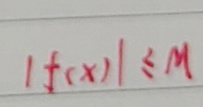
$|f(x)| \leq M$